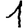
Digit: 1